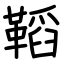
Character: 鞱